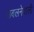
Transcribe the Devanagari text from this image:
उबलनेवाली